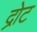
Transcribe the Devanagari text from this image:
द्रोट